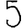
Digit: 5